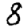
Digit: 8